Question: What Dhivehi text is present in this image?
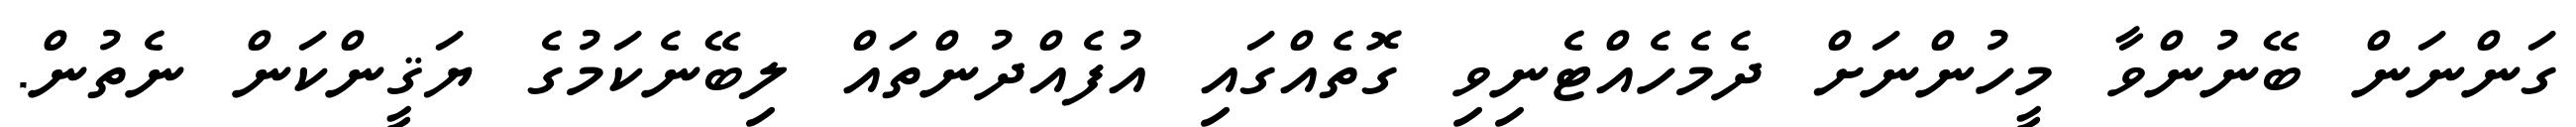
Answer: ގަންނަން ބޭނުންވާ މީހުންނަށް ދެމެހެއްޓެނިވި ގޮތެއްގައި އުފެއްދުންތައް ލިބޭނެކަމުގެ ޔަޤީންކަން ނެތުން.